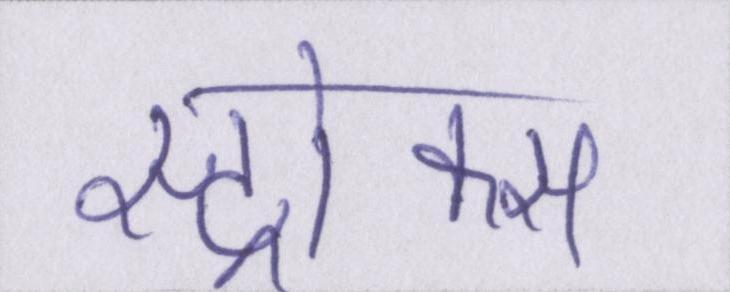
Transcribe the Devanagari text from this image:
स्ट्रोक्स